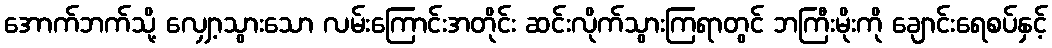
အောက်ဘက်သို့ လျှော့သွားသော လမ်းကြောင်းအတိုင်း ဆင်းလိုက်သွားကြရာတွင် ဘကြီးမိုးကို ချောင်းရေစပ်နှင့်